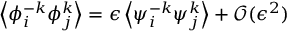
\left\langle { \phi } _ { i } ^ { - k } { \phi } _ { j } ^ { k } \right\rangle = \epsilon \left\langle { \psi } _ { i } ^ { - k } { \psi } _ { j } ^ { k } \right\rangle + \mathcal { O } ( \epsilon ^ { 2 } )